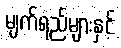
မျက်ရည်များနှင့်